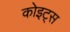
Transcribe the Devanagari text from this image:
कोइट्स